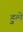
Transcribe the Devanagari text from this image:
डुले